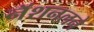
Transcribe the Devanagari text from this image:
नॅशनलने